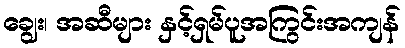
ချွေး၊ အဆီများ နှင့်ရှမ်ပူအကြွင်းအကျန်